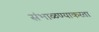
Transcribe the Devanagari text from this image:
संभाळण्याकरता